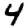
Digit: 4